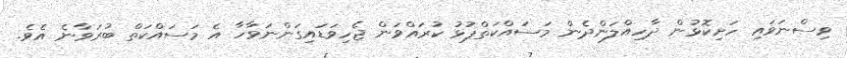
ވިސްނަވައި ހަށިކޮޅުން ދާހިއްލަންދެން މަސައްކަތްޕުޅު ކުރައްވަން ޖެހިވަޑައިގަންނަވާހާ އެ މަސައްކަތް ބުރަވާނެ އެވެ.